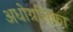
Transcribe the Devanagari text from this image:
अधोग्रसिका